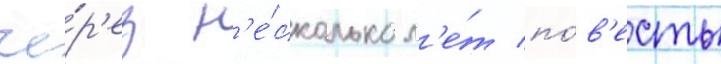
че́р'ез н'е́сколько л'е́т по́в'есть